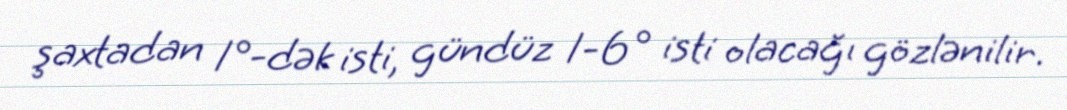
şaxtadan 1°-dək isti, gündüz 1-6° isti olacağı gözlənilir.